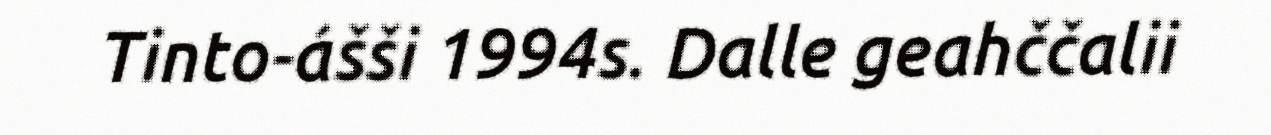
Tinto-ášši 1994s. Dalle geahččalii